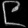
Digit: ၉